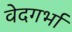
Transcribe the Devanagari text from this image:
वेदगर्भा